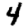
Digit: 4